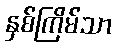
နှစ်ကြိမ်သာ